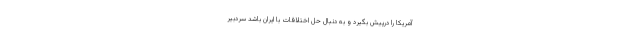
آمریکا را درپیش بگیرد ‌و به دنبال حل اختلافات با ایران باشد سردبیر